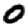
Digit: 0